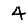
Digit: 4